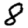
Digit: 8